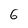
Character: 6